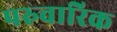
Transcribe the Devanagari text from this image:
परुवारिक